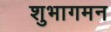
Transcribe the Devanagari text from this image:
शुभागमन